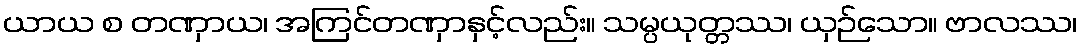
ယာယ စ တဏှာယ၊ အကြင်တဏှာနှင့်လည်း။ သမ္ပယုတ္တဿ၊ ယှဉ်သော။ ဗာလဿ၊